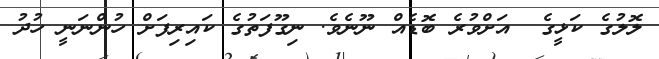
ލޮލުގެ ކަޅީގެ  އަށްވުރެ ބޮޑެއް ނޫނެވެ. ނިގޫފަތުގެ ކައިރިފަށް ހުންނަނީ ހުދު